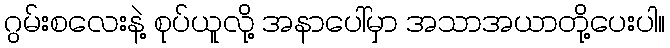
ဂွမ်းစလေးနဲ့ စုပ်ယူလို့ အနာပေါ်မှာ အသာအယာတို့ပေးပါ။